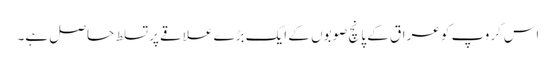
اس گروپ کو عراق کے پانچ صوبوں کے ایک بڑے علاقے پر تسلط حاصل ہے۔